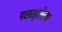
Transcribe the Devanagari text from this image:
पछाड्लेल्या